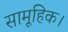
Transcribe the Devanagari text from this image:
सामूहिक।